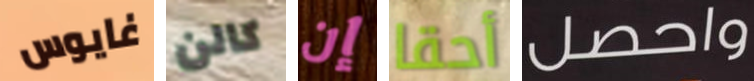
غايوس كالن إن أحقا واحصل